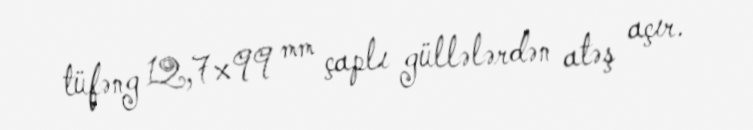
tüfəng 12,7×99 mm çaplı güllələrdən atəş açır.